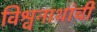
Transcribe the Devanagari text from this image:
विश्वनाथांची